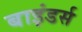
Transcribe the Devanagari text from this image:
बाइंडर्स